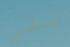
سلي